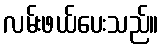
လမ်းဖယ်ပေးသည်။